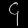
Digit: ၄